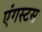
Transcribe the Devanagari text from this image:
एंगस्टस